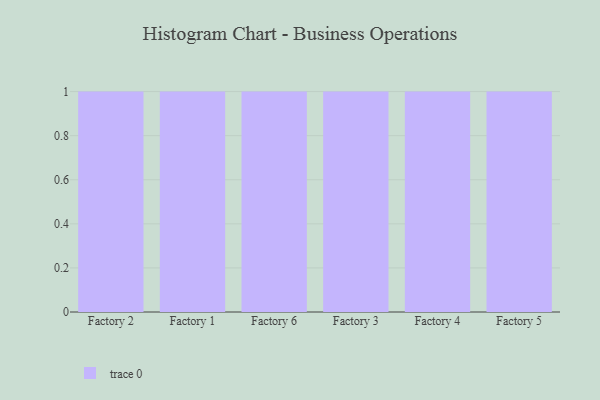
{"axis": {"x": "Factory", "y": "Backlog"}, "legend": [""], "data": [{"x": "Factory 2", "y": 83, "type": ""}, {"x": "Factory 1", "y": 43, "type": ""}, {"x": "Factory 6", "y": 94, "type": ""}, {"x": "Factory 3", "y": 15, "type": ""}, {"x": "Factory 4", "y": 57, "type": ""}, {"x": "Factory 5", "y": 30, "type": ""}]}